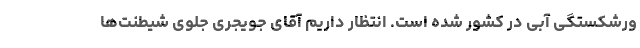
ورشکستگی آبی در کشور شده است. انتظار داریم آقای جویجری جلوی شیطنت‌ها